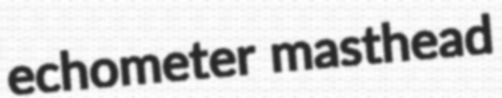
echometer masthead